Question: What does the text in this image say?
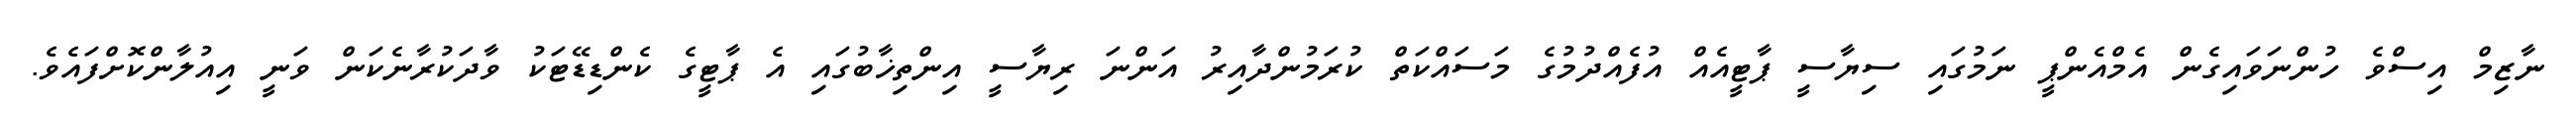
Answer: ނާޒިމް އިސްވެ ހުންނަވައިގެން އެމްއެންޕީ ނަމުގައި ސިޔާސީ ޕާޓީއެއް އުފެއްދުމުގެ މަސައްކަތް ކުރަމުންދާއިރު އަންނަ ރިޔާސީ އިންތިޚާބުގައި އެ ޕާޓީގެ ކެންޑިޑޭޓަކު ވާދަކުރާނެކަން ވަނީ އިއުލާންކޮށްފައެވެ.